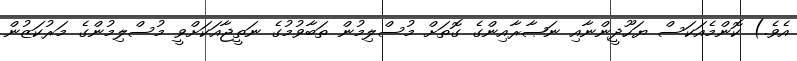
އެވެ.) ކޮންމެއަކަސް ޔަހޫދީންނާއި ނަޞާރާއިންގެ ގޮތަށް މުސްލިމުން ތަބާވުމުގެ ނަތީޖާއަކަށްވީ މުސްލިމުންގެ މަރުކަޒުން